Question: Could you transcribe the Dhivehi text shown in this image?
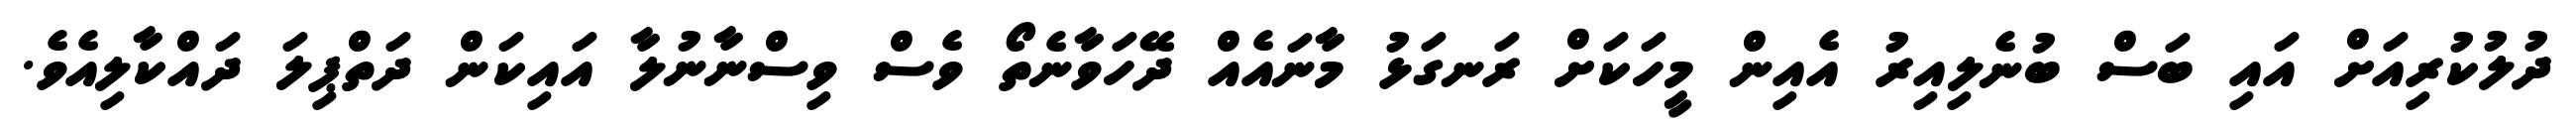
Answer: ދުލުކުރިއަށް އައި ބަސް ބުނެލިއިރު އެއިން މީހަކަށް ރަނގަޅު މާނައެއް ދޭހަވާނެތޯ ވެސް ވިސްނާނުލާ އައިކަން ދަތްޕިލަ ދައްކާލިއެވެ.